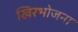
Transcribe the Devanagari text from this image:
खिरभोजना